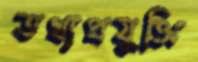
তথ্যপ্রযুক্তি